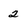
Character: 2